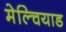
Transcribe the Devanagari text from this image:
मेल्चियाड